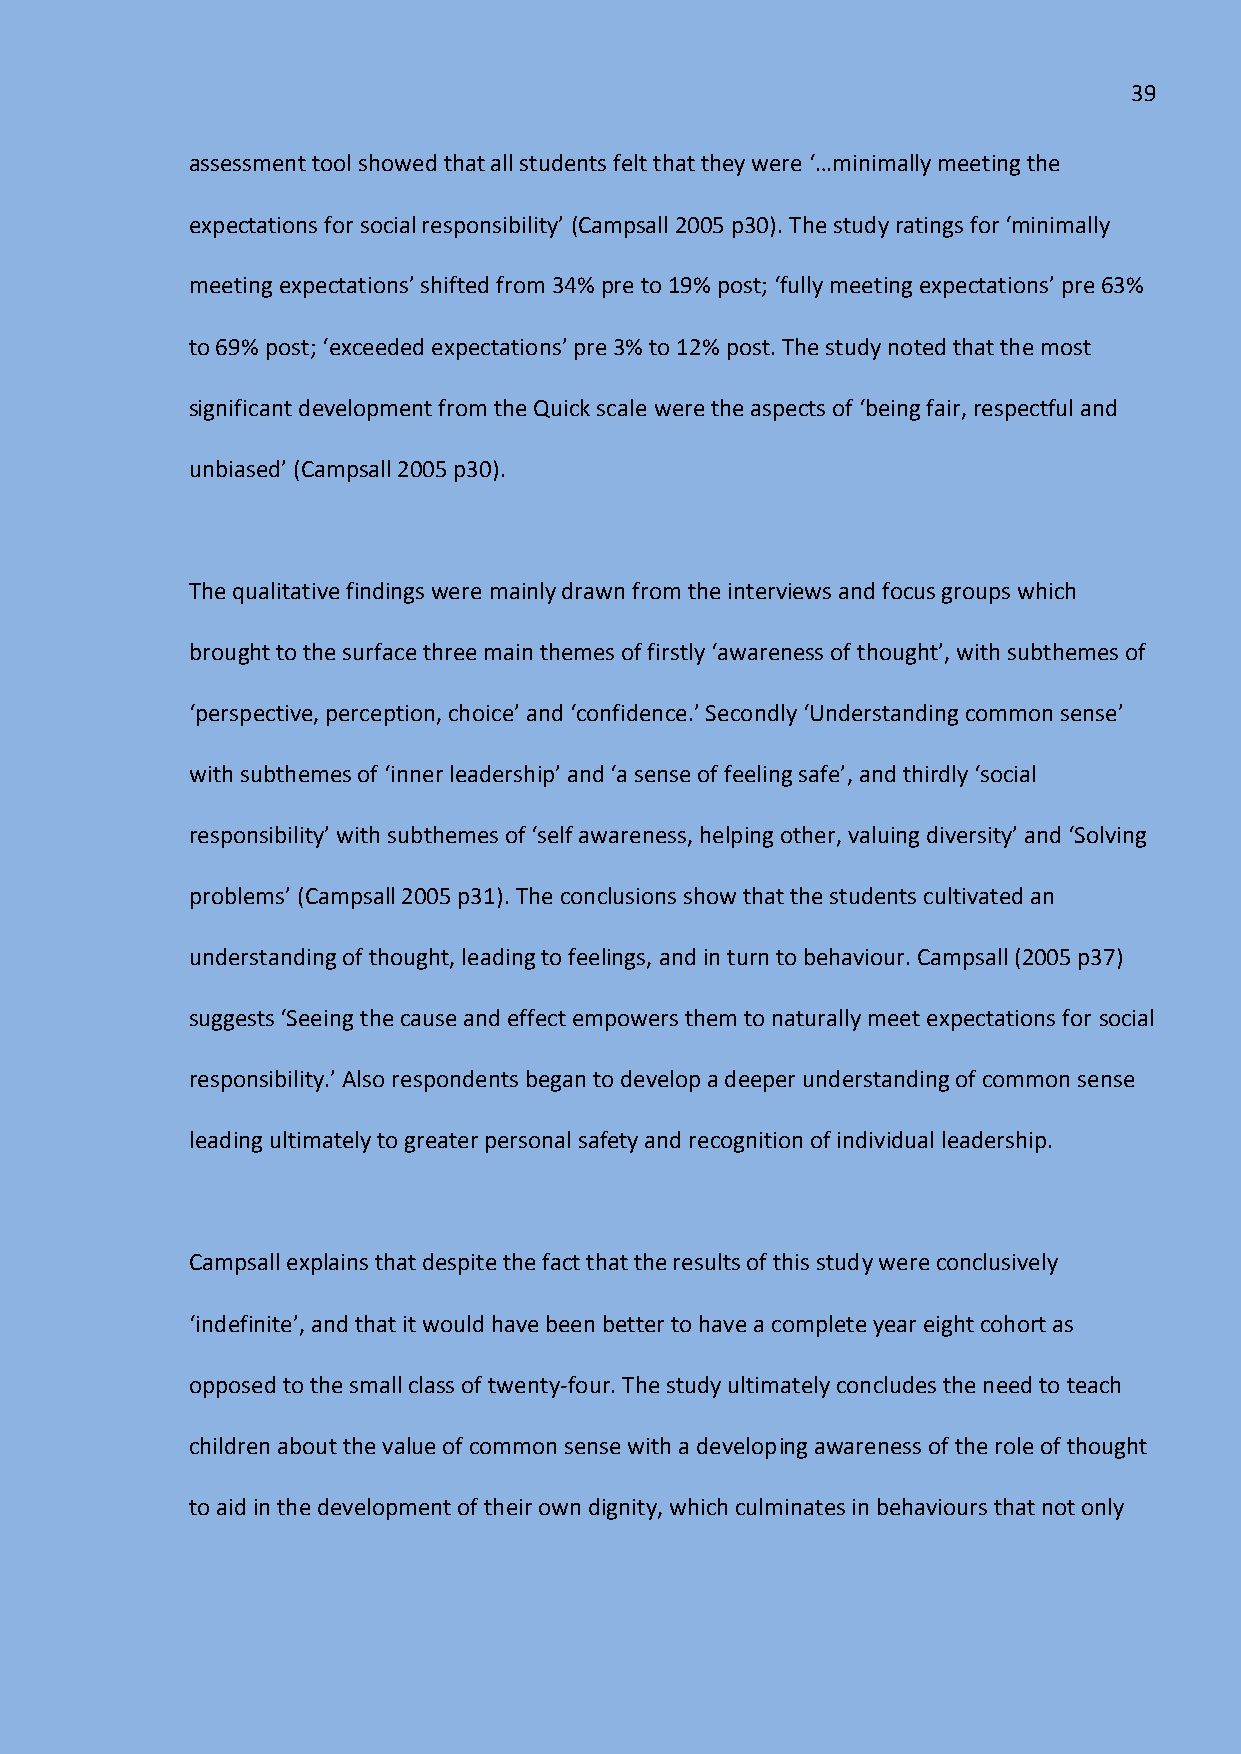
39
 assessment tool showed that all students felt that they were ‘…minimally meeting the
 expectations for social responsibility’ (Campsall 2005 p30). The study ratings for ‘minimally
 meeting expectations’ shifted from 34% pre to 19% post; ‘fully meeting expectations’ pre 63%
 to 69% post; ‘exceeded expectations’ pre 3% to 12% post. The study noted that the most
 significant development from the Quick scale were the aspects of ‘being fair, respectful and
 unbiased’ (Campsall 2005 p30).
 The qualitative findings were mainly drawn from the interviews and focus groups which
 brought to the surface three main themes of firstly ‘awareness of thought’, with subthemes of
 ‘perspective, perception, choice’ and ‘confidence.’ Secondly ‘Understanding common sense’
 with subthemes of ‘inner leadership’ and ‘a sense of feeling safe’, and thirdly ‘social
 responsibility’ with subthemes of ‘self awareness, helping other, valuing diversity’ and ‘Solving
 problems’ (Campsall 2005 p31). The conclusions show that the students cultivated an
 understanding of thought, leading to feelings, and in turn to behaviour. Campsall (2005 p37)
 suggests ‘Seeing the cause and effect empowers them to naturally meet expectations for social
 responsibility.’ Also respondents began to develop a deeper understanding of common sense
 leading ultimately to greater personal safety and recognition of individual leadership.
 Campsall explains that despite the fact that the results of this study were conclusively
 ‘indefinite’, and that it would have been better to have a complete year eight cohort as
 opposed to the small class of twenty-four. The study ultimately concludes the need to teach
 children about the value of common sense with a developing awareness of the role of thought
 to aid in the development of their own dignity, which culminates in behaviours that not only